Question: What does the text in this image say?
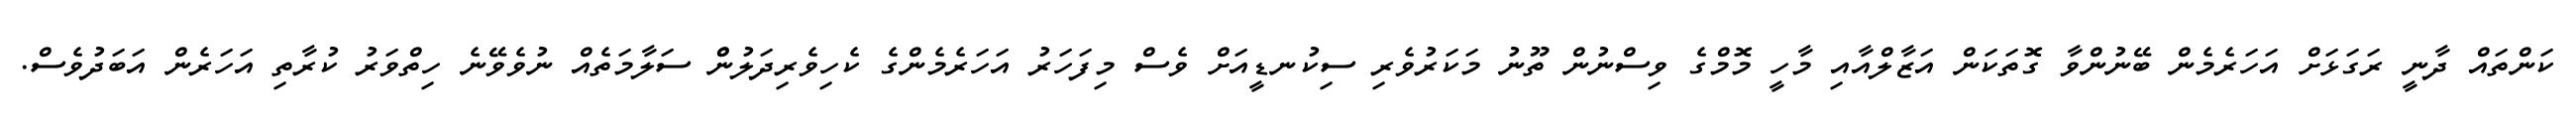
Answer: ކަންތައް ދާނީ ރަގަޅަށް އަހަރެމެން ބޭނުންވާ ގޮތަކަން އަޒާލްއާއި މާހީ މޮމްގެ ވިސްނުން ތޫނު މަކަރުވެރި ސިކުނޑީއަށް ވެސް މިފަހަރު އަހަރެމެންގެ ކެހިވެރިދަލުންް ސަލާމަތެއް ނުވެވޭނެ ހިތްވަރު ކުރާތި އަހަރެން އަބަދުވެސް.